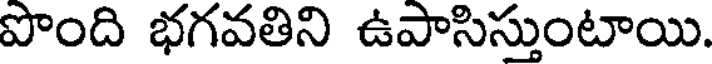
పొంది భగవతిని ఉపాసిస్తుంటాయి.